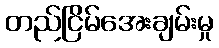
တည်ငြိမ်အေးချမ်းမှု